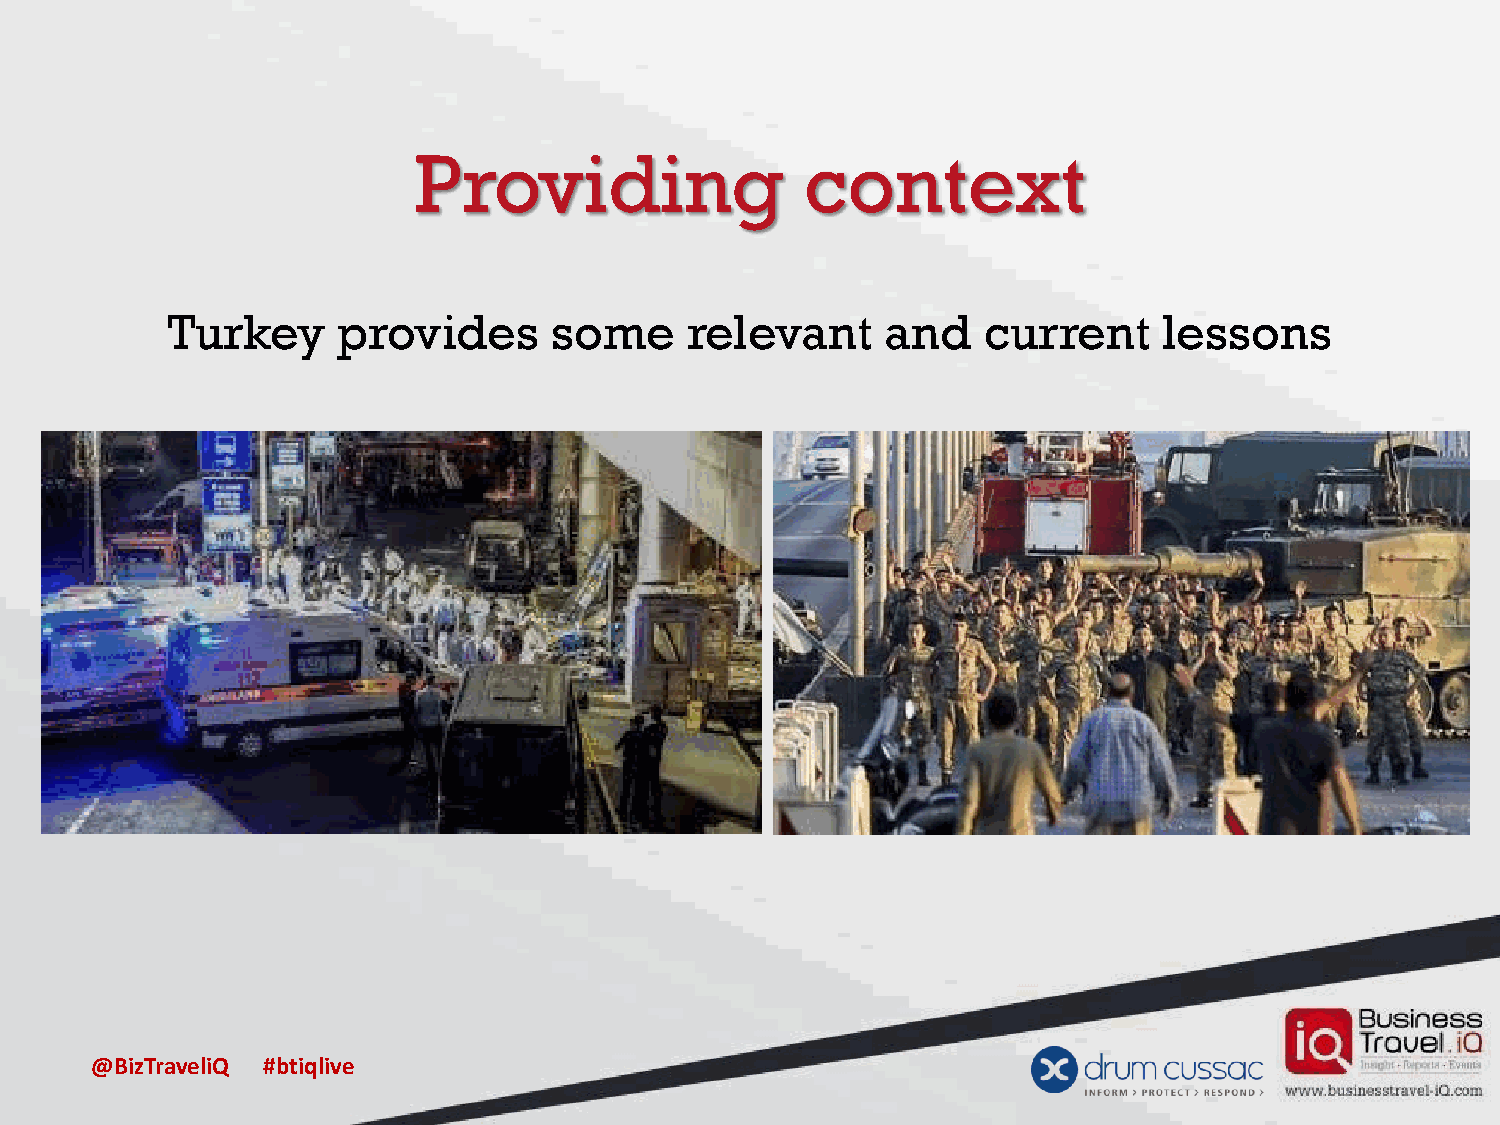
Providing                 context
 Turkey     provides       some     relevant     and   current     lessons
 @BizTraveliQ #btiqlive